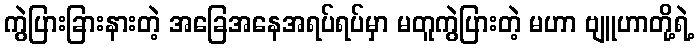
ကွဲပြားခြားနားတဲ့ အခြေအနေအရပ်ရပ်မှာ မတူကွဲပြားတဲ့ မဟာ ဗျူဟာတို့ရဲ့